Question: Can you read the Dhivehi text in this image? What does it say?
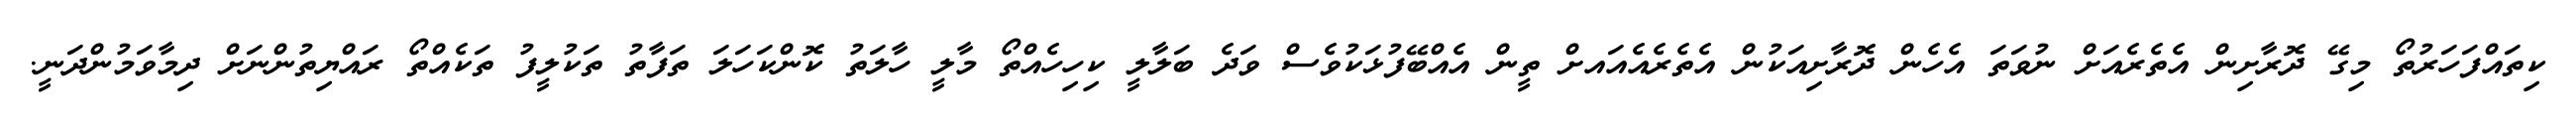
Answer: ކިތައްފަހަރުތޯ މިގޭ ދޮރާށިން އެތެރެއަށް ނުވަތަ އެހެން ދޮރާށިއަކުން އެތެރެއެއައށް ތީން އެއްބޭފުޅަކުވެސް ވަދެ ބަލާލީ ކިހިހެއްތޯ މާލީ ހާލަތު ކޮންކަހަލަ ތަފާތު ތަކުލީފު ތަކެއްތޯ ރައްޔިތުންނަށް ދިމާވަމުންދަނީ.